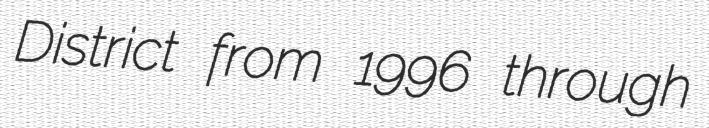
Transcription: District from 1996 through